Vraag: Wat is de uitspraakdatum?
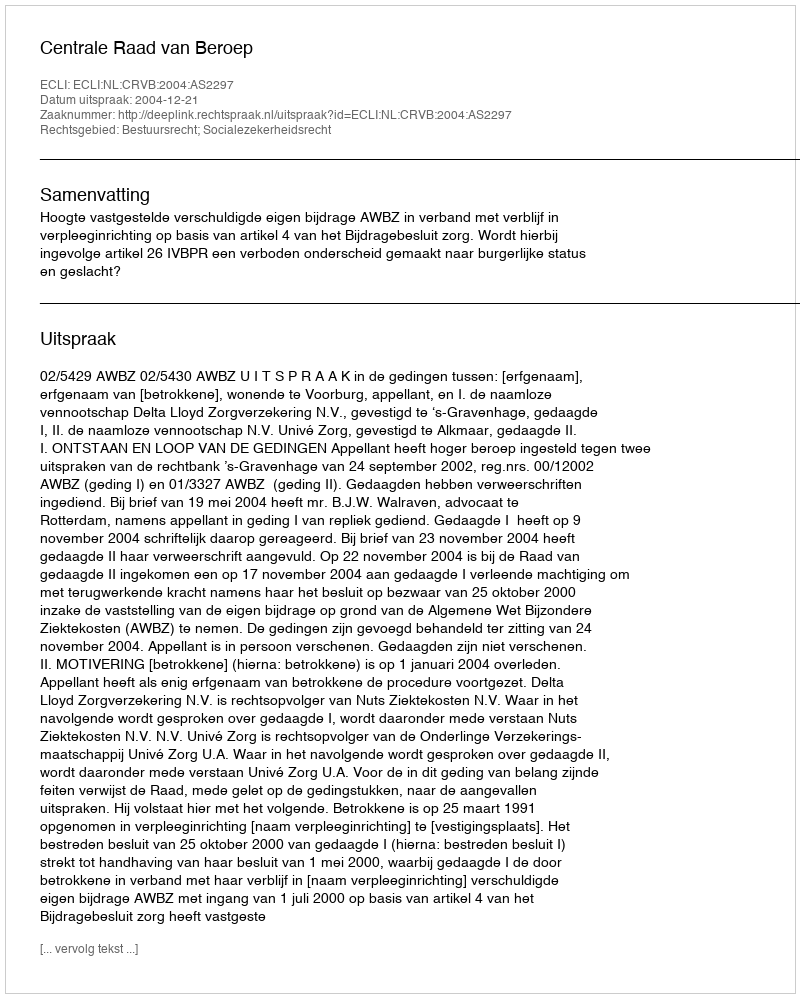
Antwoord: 2004-12-21